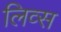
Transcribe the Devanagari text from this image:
लिव्स